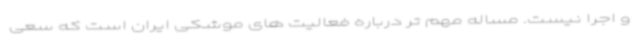
و اجرا نیست. مساله مهم تر درباره فعالیت های موشکی ایران است که سعی